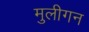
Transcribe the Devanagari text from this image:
मुलीगन